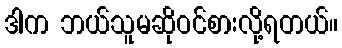
ဒါက ဘယ်သူမဆိုဝင်စားလို့ရတယ်။